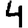
Digit: 4